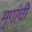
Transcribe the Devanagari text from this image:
मृगांची